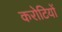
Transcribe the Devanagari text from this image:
करोटियों